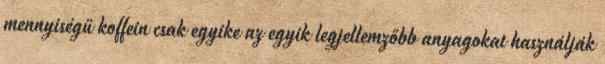
mennyiségű koffein csak egyike az egyik legjellemzőbb anyagokat használják